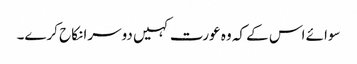
سوائے اس کے کہ وہ عورت کہیں دوسرا نکاح کرے۔